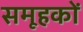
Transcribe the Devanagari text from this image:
समूहकों